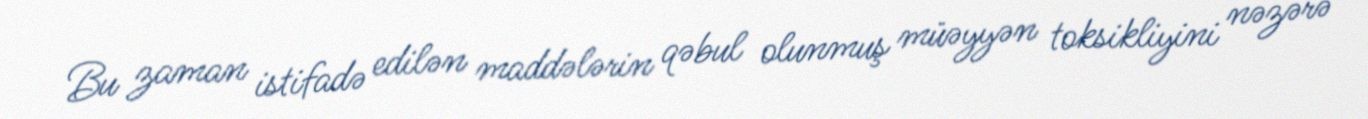
Bu zaman istifadə edilən maddələrin qəbul olunmuş müəyyən toksikliyini nəzərə